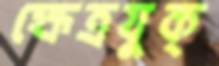
ক্ষেত্রযুক্